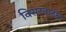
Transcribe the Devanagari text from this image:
विसरवाडीत